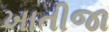
ખાતીજા